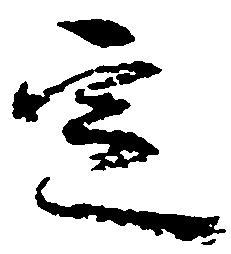
定